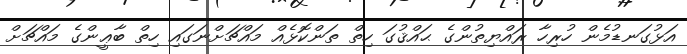
އަޅުގަނޑުމެން ހުރިހާ ރައްޔިތުންގެ ޙައްޤުގަ ހިތް ތަންކޮޅެއް މައްޗަށްނަގައި ހިތް ބާޢީންގެ މައްޗަށް